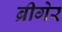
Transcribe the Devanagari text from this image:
ब्रीगेर